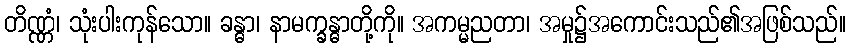
တိဏ္ဏံ၊ သုံးပါးကုန်သော။ ခန္ဓာ၊ နာမက္ခန္ဓာတို့ကို။ အကမ္မညတာ၊ အမှု၌အကောင်းသည်၏အဖြစ်သည်။